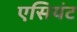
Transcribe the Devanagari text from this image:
एसियंट